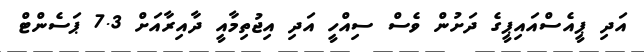
އަދި ޕީއެސްއައިޕީގެ ދަށުން ވެސް ސިއްހީ އަދި އިޖުތިމާއީ ދާއިރާއަށް 7.3 ޕަސެންޓް